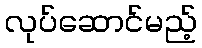
လုပ်ဆောင်မည့်